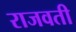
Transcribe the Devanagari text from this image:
राजवती